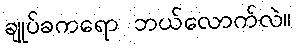
ချုပ်ခကရော ဘယ်လောက်လဲ။